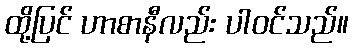
ထို့ပြင် ဟာစာနီလည်း ပါဝင်သည်။